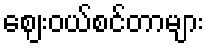
ဈေးဝယ်စင်တာများ